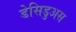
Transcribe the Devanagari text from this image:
डेसिडुअस